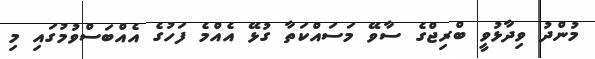
މުންދު ވިދާޅުވީ ބްރިޖްގެ ސާވޭ މަސައްކަތާ ގުޅޭ އެއްމެ ފަހުގެ އެއްބަސްވުމުގައި މި